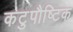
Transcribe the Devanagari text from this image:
कटुपौष्टिक